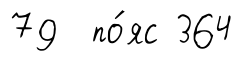
79 по́яс 364